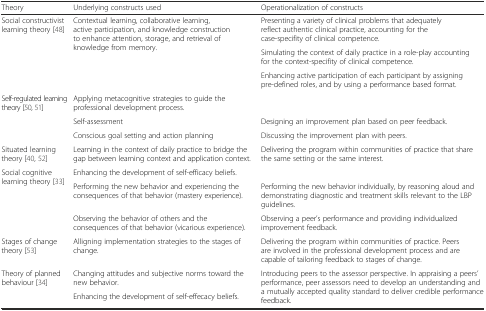
| Theory | Underlying constructs used | Operationalization of constructs |
 | --- | --- | --- |
 | <ROWSPAN=3> Social constructivist learning theory [48] | <ROWSPAN=3> Contextual learning, collaborative learning, active participation, and knowledge construction to enhance attention, storage, and retrieval of knowledge from memory. | Presenting a variety of clinical problems that adequately reflect authentic clinical practice, accounting for the case-specifity of clinical competence. |
 | Simulating the context of daily practice in a role-play accounting for the context-specifity of clinical competence. |
 | Enhancing active participation of each participant by assigning pre-defined roles, and by using a performance based format. |
 | <ROWSPAN=3> Self-regulated learning theory [50, 51] | Applying metacognitive strategies to guide the professional development process. |  |
 | Self-assessment | Designing an improvement plan based on peer feedback. |
 | Conscious goal setting and action planning | Discussing the improvement plan with peers. |
 | Situated learning theory [40, 52] | Learning in the context of daily practice to bridge the gap between learning context and application context. | Delivering the program within communities of practice that share the same setting or the same interest. |
 | <ROWSPAN=3> Social cognitive learning theory [33] | Enhancing the development of self-efficacy beliefs. |  |
 | Performing the new behavior and experiencing the consequences of that behavior (mastery experience). | Performing the new behavior individually, by reasoning aloud and demonstrating diagnostic and treatment skills relevant to the LBP guidelines. |
 | Observing the behavior of others and the consequences of that behavior (vicarious experience). | Observing a peer’s performance and providing individualized improvement feedback. |
 | Stages of change theory [53] | Alligning implementation strategies to the stages of change. | Delivering the program within communities of practice. Peers are involved in the professional development process and are capable of tailoring feedback to stages of change. |
 | <ROWSPAN=2> Theory of planned behaviour [34] | Changing attitudes and subjective norms toward the new behavior. | <ROWSPAN=2> Introducing peers to the assessor perspective. In appraising a peers’ performance, peer assessors need to develop an understanding and a mutually accepted quality standard to deliver credible performance feedback. |
 | Enhancing the development of self-effecacy beliefs. |